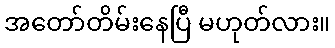
အတော်တိမ်းနေပြီ မဟုတ်လား။